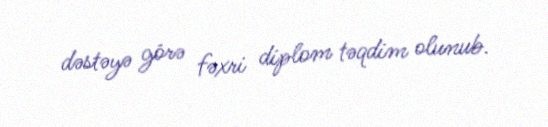
dəstəyə görə fəxri diplom təqdim olunub.